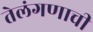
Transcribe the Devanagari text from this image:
तेलंगणाची